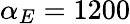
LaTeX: \alpha_{E}=1200